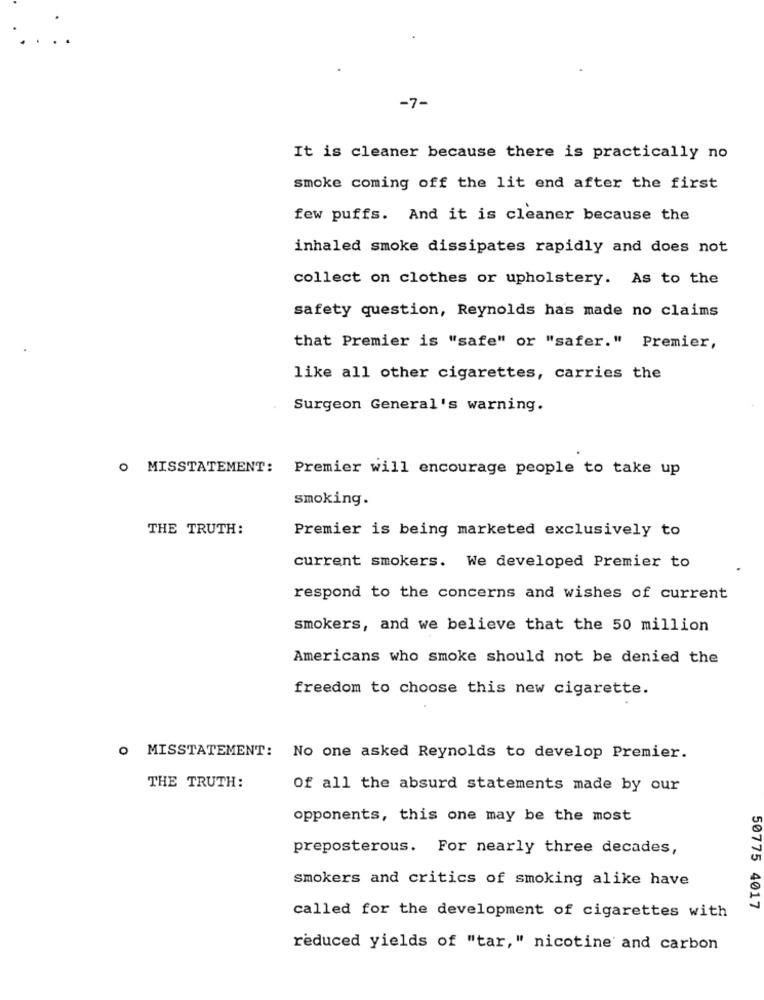
-7-
It is cleaner because there is practically no
smoke coming off the lit end after the first
few puffs. And it is cleaner because the
inhaled smoke dissipates rapidly and does not
collect on clothes or upholstery. As to the
safety question, Reynolds has made no claims
that Premier is "safe" or "safer." Premier,
like all other cigarettes, carries the
Surgeon General's warning.
O MISSTATEMENT: Premier will encourage people to take up
smoking.
THE TRUTH:
Premier is being marketed exclusively to
current smokers. We developed Premier to
respond to the concerns and wishes of current
smokers, and we believe that the 50 million
Americans who smoke should not be denied the
freedom to choose this new cigarette.
O MISSTATEMENT: No one asked Reynolds to develop Premier.
THE TRUTH:
Of all the absurd statements made by our
opponents, this one may be the most
preposterous. For nearly three decades,
smokers and critics of smoking alike have
50775 4017
called for the development of cigarettes with
reduced yields of "tar," nicotine and carbon